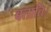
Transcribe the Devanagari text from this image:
बताति।